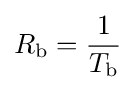
R_{\text{b}}={1 \over T_{\text{b}}}